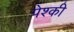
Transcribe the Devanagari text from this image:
पेश्की